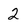
Character: 2